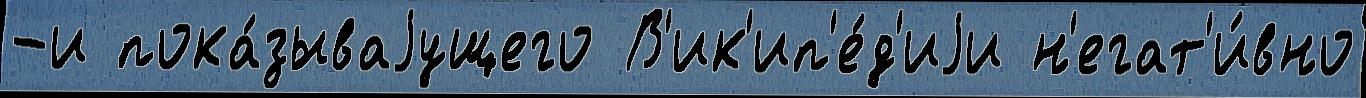
-и пока́зываjущего В'ик'ип'е́д'иjи н'егат'и́вно